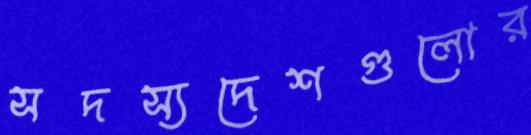
সদস্যদেশগুলোর